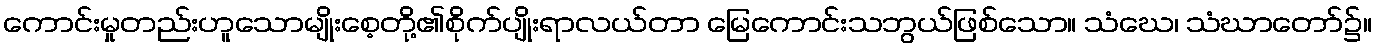
ကောင်းမှုတည်းဟူသောမျိုးစေ့တို့၏စိုက်ပျိုးရာလယ်တာ မြေကောင်းသဘွယ်ဖြစ်သော။ သံဃေ၊ သံဃာတော်၌။